Regulations for the medical services of the Army of India
Year: 1930
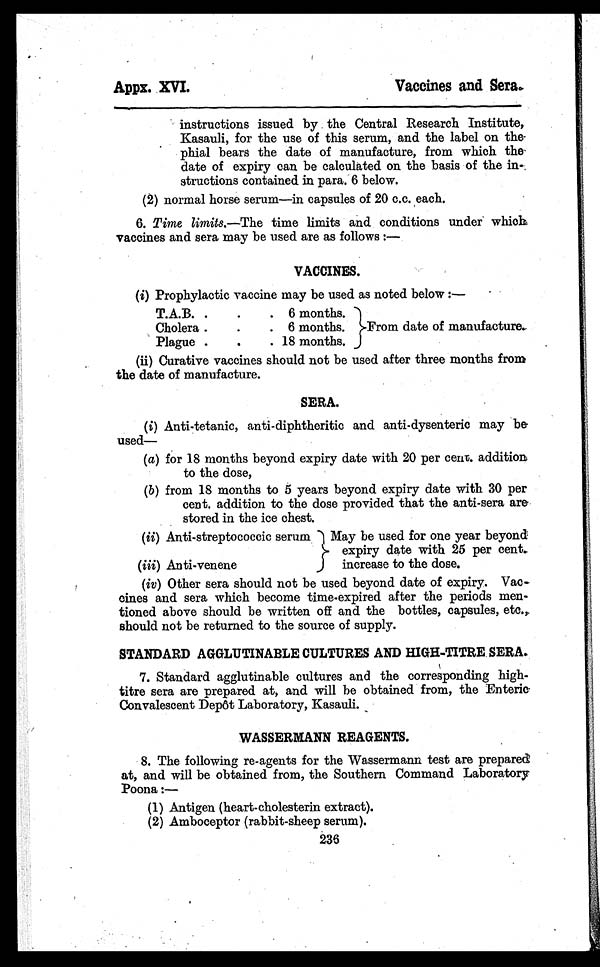
Appx. XVI.
Vaccines and Sera..
instructions issued by the Central Research Institute,
Kasauli, for the use of this serum, and the label on the
phial bears the date of manufacture, from which the
date of expiry can be calculated on the basis of the in-
structions contained in para. 6 below.
(2) normal horse serum—in capsules of 20 c.c. each.
6. Time limits.—The time limits and conditions under which,
vaccines and sera may be used are as follows : —
VACCINES.
(i) Prophylactic vaccine may he used as noted below :—
T.A.B. . .
. 6 months.
From date of manufacture.
Cholera . .
. 6 months.
Plague
. .
. 18 months.
(ii) Curative vaccines should not be used after three months from
the date of manufacture.
SERA.
( i) Anti-tetanic, anti-diphtheritic and anti-dysenteric may be
used—
(a) for 18 months beyond expiry date with 20 per cent. addition
to the dose,
(b) from 18 months to 5 years beyond expiry date with 30 per
cent. addition to the dose provided that the anti-sera are
stored in the ice chest.
(ii) Anti-streptococcic serum May be used for one year beyond
expiry date with 25 per cent,
increase to the dose.
(iii)Anti-venene
(iv) Other sera should not be used beyond date of expiry. Vac-
cines and sera which become time-expired after the periods men-
tioned above should be written off and the bottles, capsules, etc.,.
should not be returned to the source of supply.
STANDARD AGGLUTINABLE CULTURES AND HIGH-TITRE. SERA.
7. Standard agglutinable cultures and the corresponding high-
titre sera are prepared at, and will be obtained from, the Enteric
Convalescent Depot Laboratory, Kasauli.
WASSERMANN REAGENTS.
8. The following re-agents for the Wassermann test are prepared
at, and will be obtained from, the Southern Command Laboratory
Poona :—
(1) Antigen (heart-cholesterin extract).
(2) Amboceptor (rabbit-sheep serum).
236